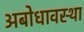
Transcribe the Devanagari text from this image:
अबोधावस्था